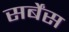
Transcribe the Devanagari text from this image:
सर्बेंस